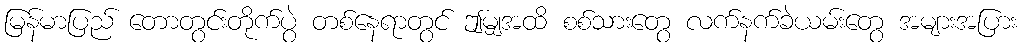
မြန်မာပြည် တောတွင်းတိုက်ပွဲ တစ်နေရာတွင် ဤမျှအထိ စစ်သားတွေ လက်နက်ခဲယမ်းတွေ အများအပြား